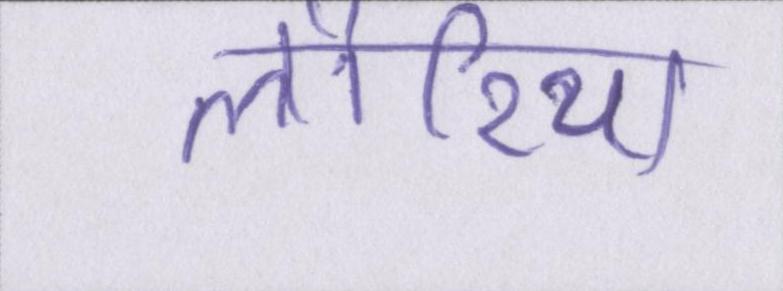
लौरिया